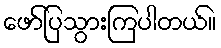
ဖော်ပြသွားကြပါတယ်။